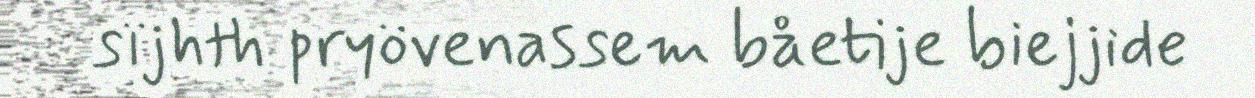
sïjhth pryövenassem båetije biejjide